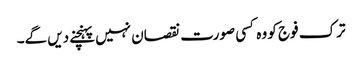
ترک فوج کو وہ کسی صورت نقصان نہیں پہنچنے دیں گے۔